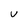
Character: V